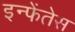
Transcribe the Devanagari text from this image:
इन्फेंतेस